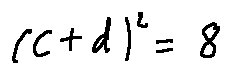
( c + d ) ^ { 2 } = 8